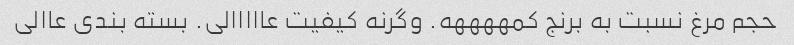
حجم مرغ نسبت به برنج کمههههه. وگرنه کیفیت عااااالی. بسته بندی عاالی